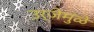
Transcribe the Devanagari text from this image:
उर्जेमुळे